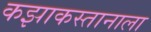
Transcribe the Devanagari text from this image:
कझाकस्तानाला